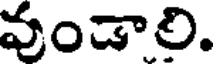
వుండాలి.